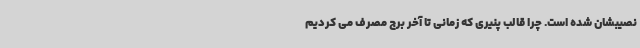
نصیبشان شده است. چرا قالب پنیری که زمانی تا آخر برج مصرف می کردیم